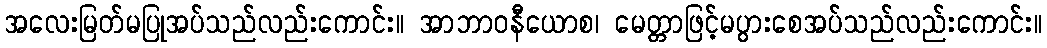
အလေးမြတ်မပြုအပ်သည်လည်းကောင်း။ အာဘာဝနီယောစ၊ မေတ္တာဖြင့်မပွားစေအပ်သည်လည်းကောင်း။